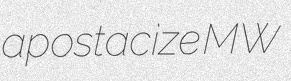
apostacize MW